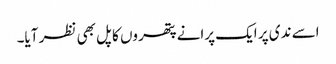
اسے ندی پر ایک پرانے پتھروں کا پل بھی نظر آیا۔